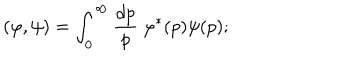
( \varphi , \psi ) = \int _ { 0 } ^ { \infty } \frac { d p } { p } \ \varphi ^ { * } ( p ) \psi ( p ) ;